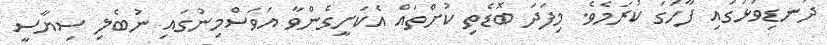
ދަނޑިވަޅުގައި ފާހަގަ ކުރަމެވެ. މިފަދަ ބޮޑެތި ކުށްތައް އެކަށީގެންވާ އަވަސްމިނުގައި ނުބެލި ސިޔާސީ